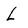
Character: L